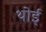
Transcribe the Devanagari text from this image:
थोई